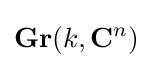
\mathbf {Gr} (k,\mathbf {C} ^{n})